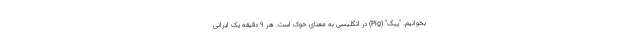
بخوانیم. "پیگ" (Pig) در انگلیسی به معنای خوک است. هر ۹ دقیقه یک ایرانی